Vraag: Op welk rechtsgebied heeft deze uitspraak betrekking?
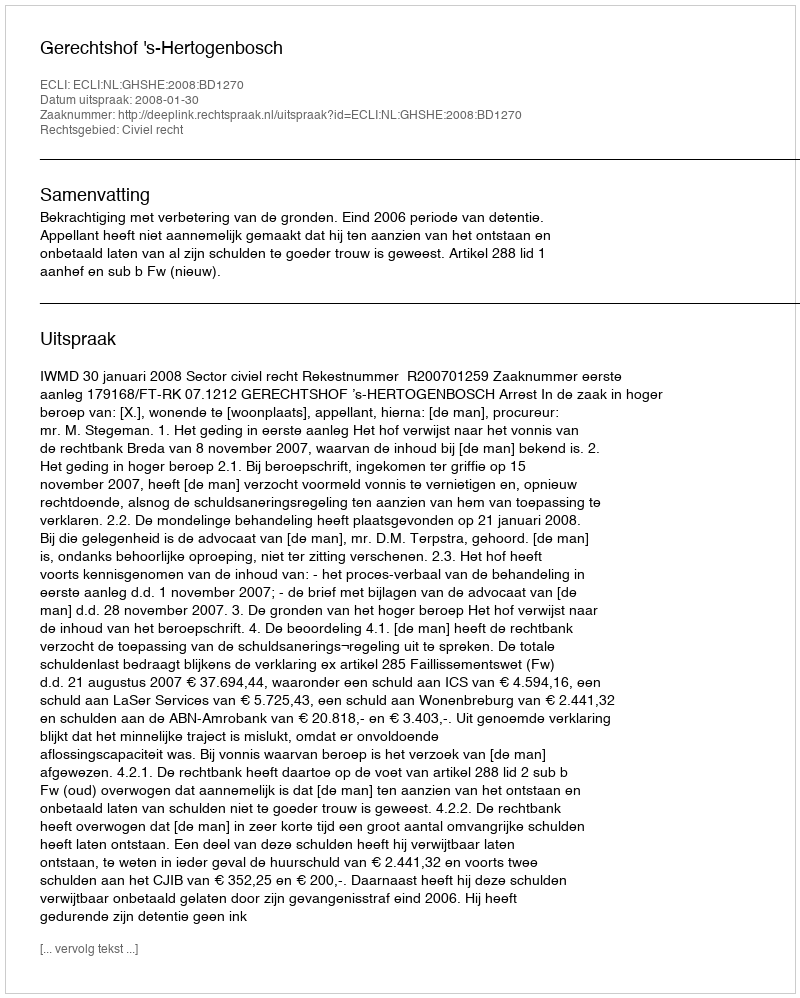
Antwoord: Civiel recht